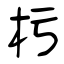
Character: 杇